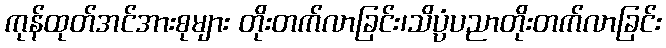
ကုန်ထုတ်အင်အားစုများ တိုးတက်လာခြင်း၊သိပ္ပံပညာတိုးတက်လာခြင်း